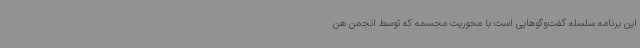
این برنامه سلسله گفت‌وگوهایی است با محوریت مجسمه که توسط انجمن هن